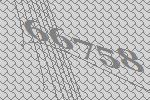
66758